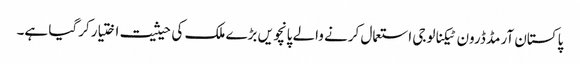
پاکستان آرمڈ ڈرون ٹیکنالوجی استعمال کرنے والے پانچویں بڑے ملک کی حیثیت اختیار کرگیا ہے۔